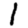
Digit: 1